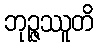
ဘုဉ္ဇဿူတိ